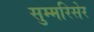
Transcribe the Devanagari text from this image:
सुम्मरिसेर